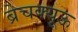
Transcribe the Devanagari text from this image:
ब्रेचक्यूऊ